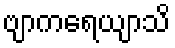
ဗျာကရေယျာသိ